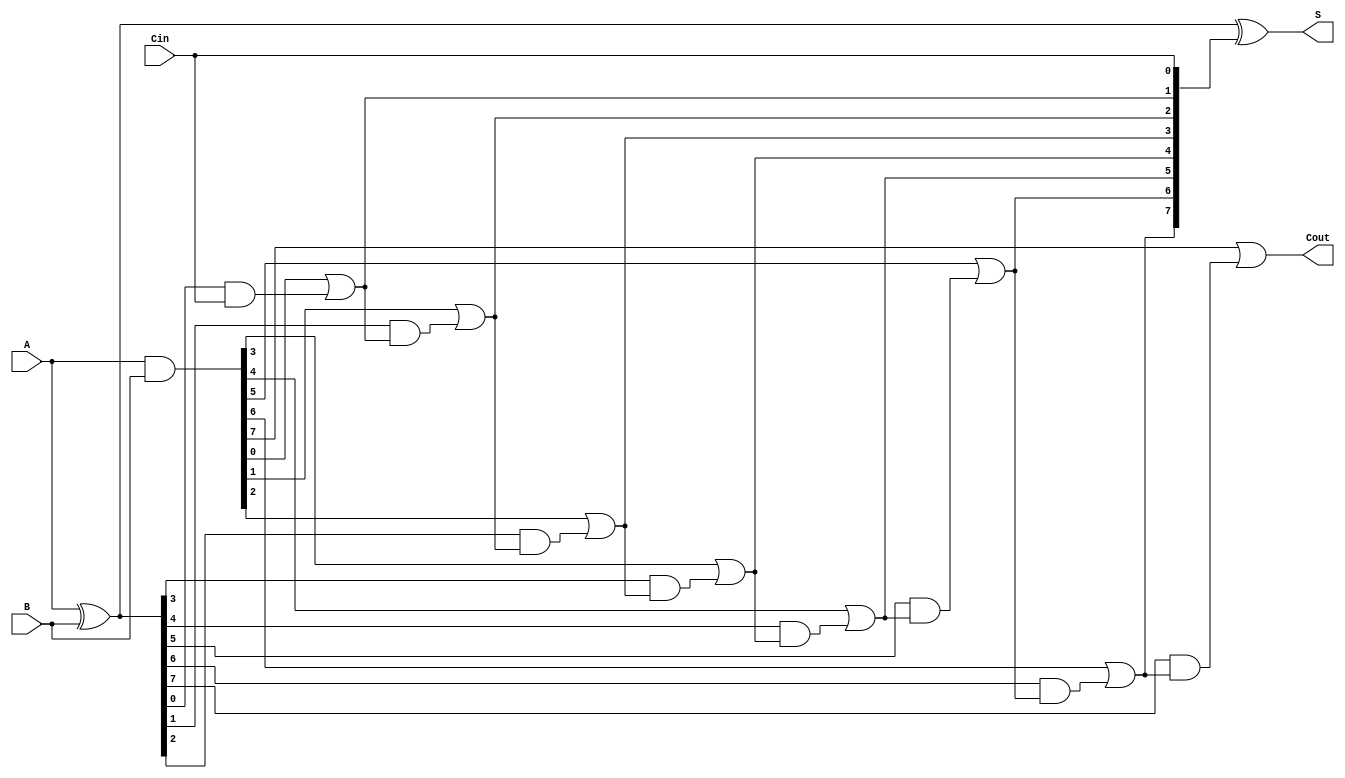
module ManchesterCarryChainAdder #(parameter N = 8) (
    input  [N-1:0] A,        // First n-bit input
    input  [N-1:0] B,        // Second n-bit input
    input         Cin,        // Carry-in
    output [N-1:0] S,        // n-bit sum output
    output        Cout        // Carry-out
);

    wire [N:0] carry; // Carry signals, one extra for Cout
    wire [N-1:0] P, G; // Propagate and Generate signals

    // Generate and Propagate signals
    assign P = A ^ B; // Propagate: P[i] = A[i] XOR B[i]
    assign G = A & B; // Generate: G[i] = A[i] AND B[i]

    // Carry generation using Manchester Carry Chain logic
    assign carry[0] = Cin; // Initial carry input

    genvar i;
    generate
        for (i = 0; i < N; i = i + 1) begin : carry_gen
            assign carry[i + 1] = G[i] | (P[i] & carry[i]);
        end
    endgenerate

    // Sum calculation
    assign S = P ^ carry[N-1:0]; // S[i] = P[i] XOR carry[i]

    // Carry-out signal
    assign Cout = carry[N];

endmodule